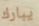
يبارك